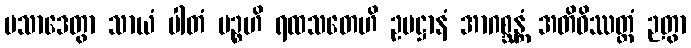
ပသာဒေတွာ သာယံ ပါတံ ပဉ္စဟိ ရထသတေဟိ ဥပဋ္ဌာနံ အာဂစ္ဆန္တံ အတိဝိဿတ္ထံ ဉတွာ